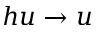
h u \rightarrow u